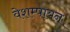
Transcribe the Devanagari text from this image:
वेशम्पायन